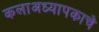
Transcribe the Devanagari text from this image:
कलाअध्यापकाचे